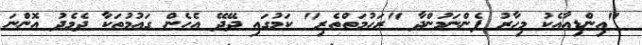
"އިންޑިއާއެކު މިހާރު ފެންނަމުންދާ "ރަހުމަތްތެރި" ކަމުގައި ދޭދޭ އެހެން ގައުމުތަކާ ދެމެދު އޮންނަ